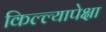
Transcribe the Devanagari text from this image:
किल्ल्यापेक्षा